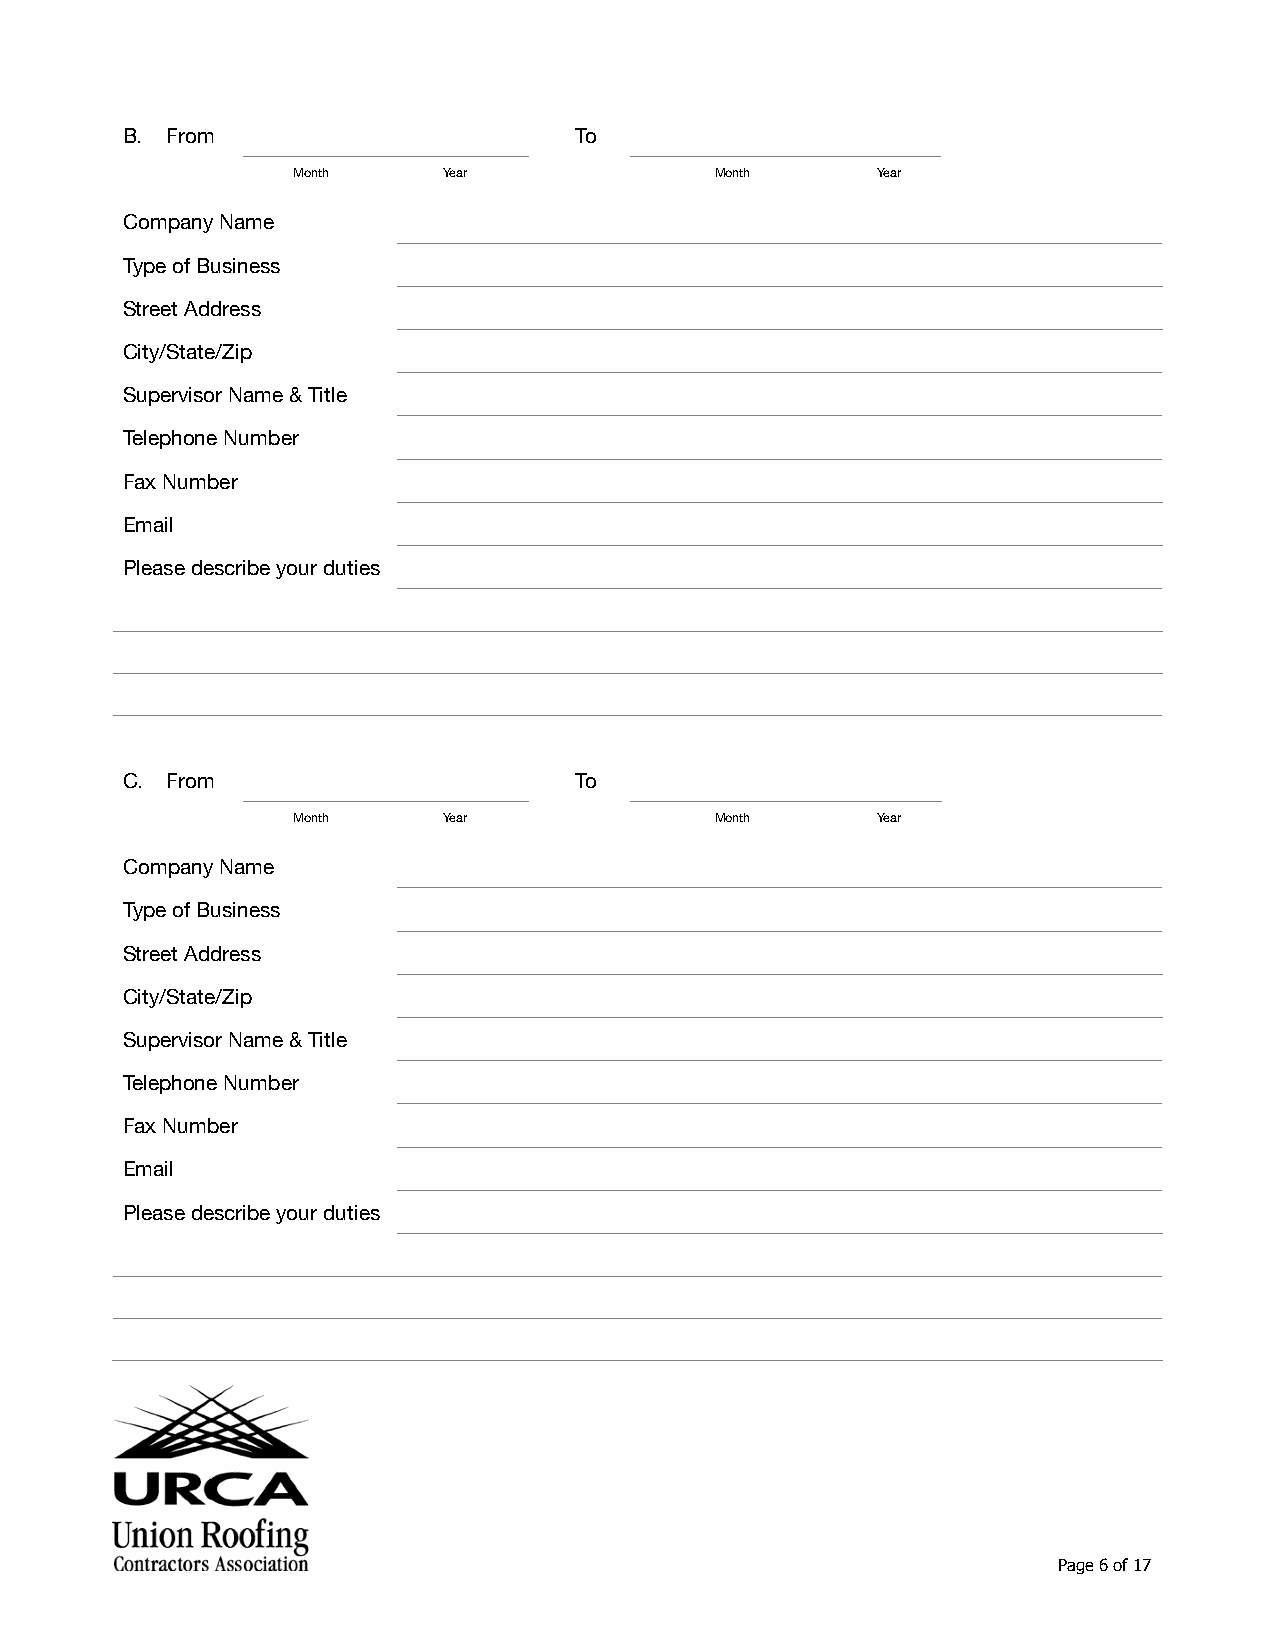
B. From                       To
 Month     Year              Month      Year
 Company Name
 Type of Business
 Street Address
 City/State/Zip
 Supervisor Name & Title
 Telephone Number
 Fax Number
 Email
 Please describe your duties
 C. From                       To
 Month     Year              Month      Year
 Company Name
 Type of Business
 Street Address
 City/State/Zip
 Supervisor Name & Title
 Telephone Number
 Fax Number
 Email
 Please describe your duties
 Page 6 of 17